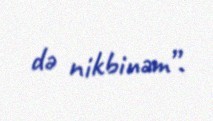
də nikbinəm”.